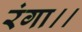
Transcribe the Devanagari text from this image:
रंगा।।